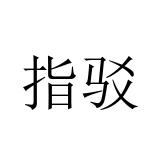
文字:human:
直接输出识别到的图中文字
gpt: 指驳